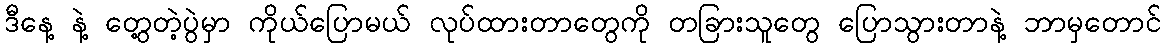
ဒီနေ့ နဲ့ တွေ့တဲ့ပွဲမှာ ကိုယ်ပြောမယ် လုပ်ထားတာတွေကို တခြားသူတွေ ပြောသွားတာနဲ့ ဘာမှတောင်